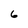
Character: 6